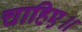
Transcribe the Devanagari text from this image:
चाहिए॥